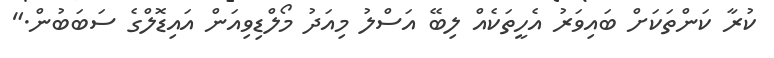
ކުރާ ކަންތަކަށް ބައިވަރު އެހީތަކެއް ލިބޭ އަސްލު މިއަދު މޯލްޑިވިއަން އައިޑޮލްގެ ސަބަބުން."